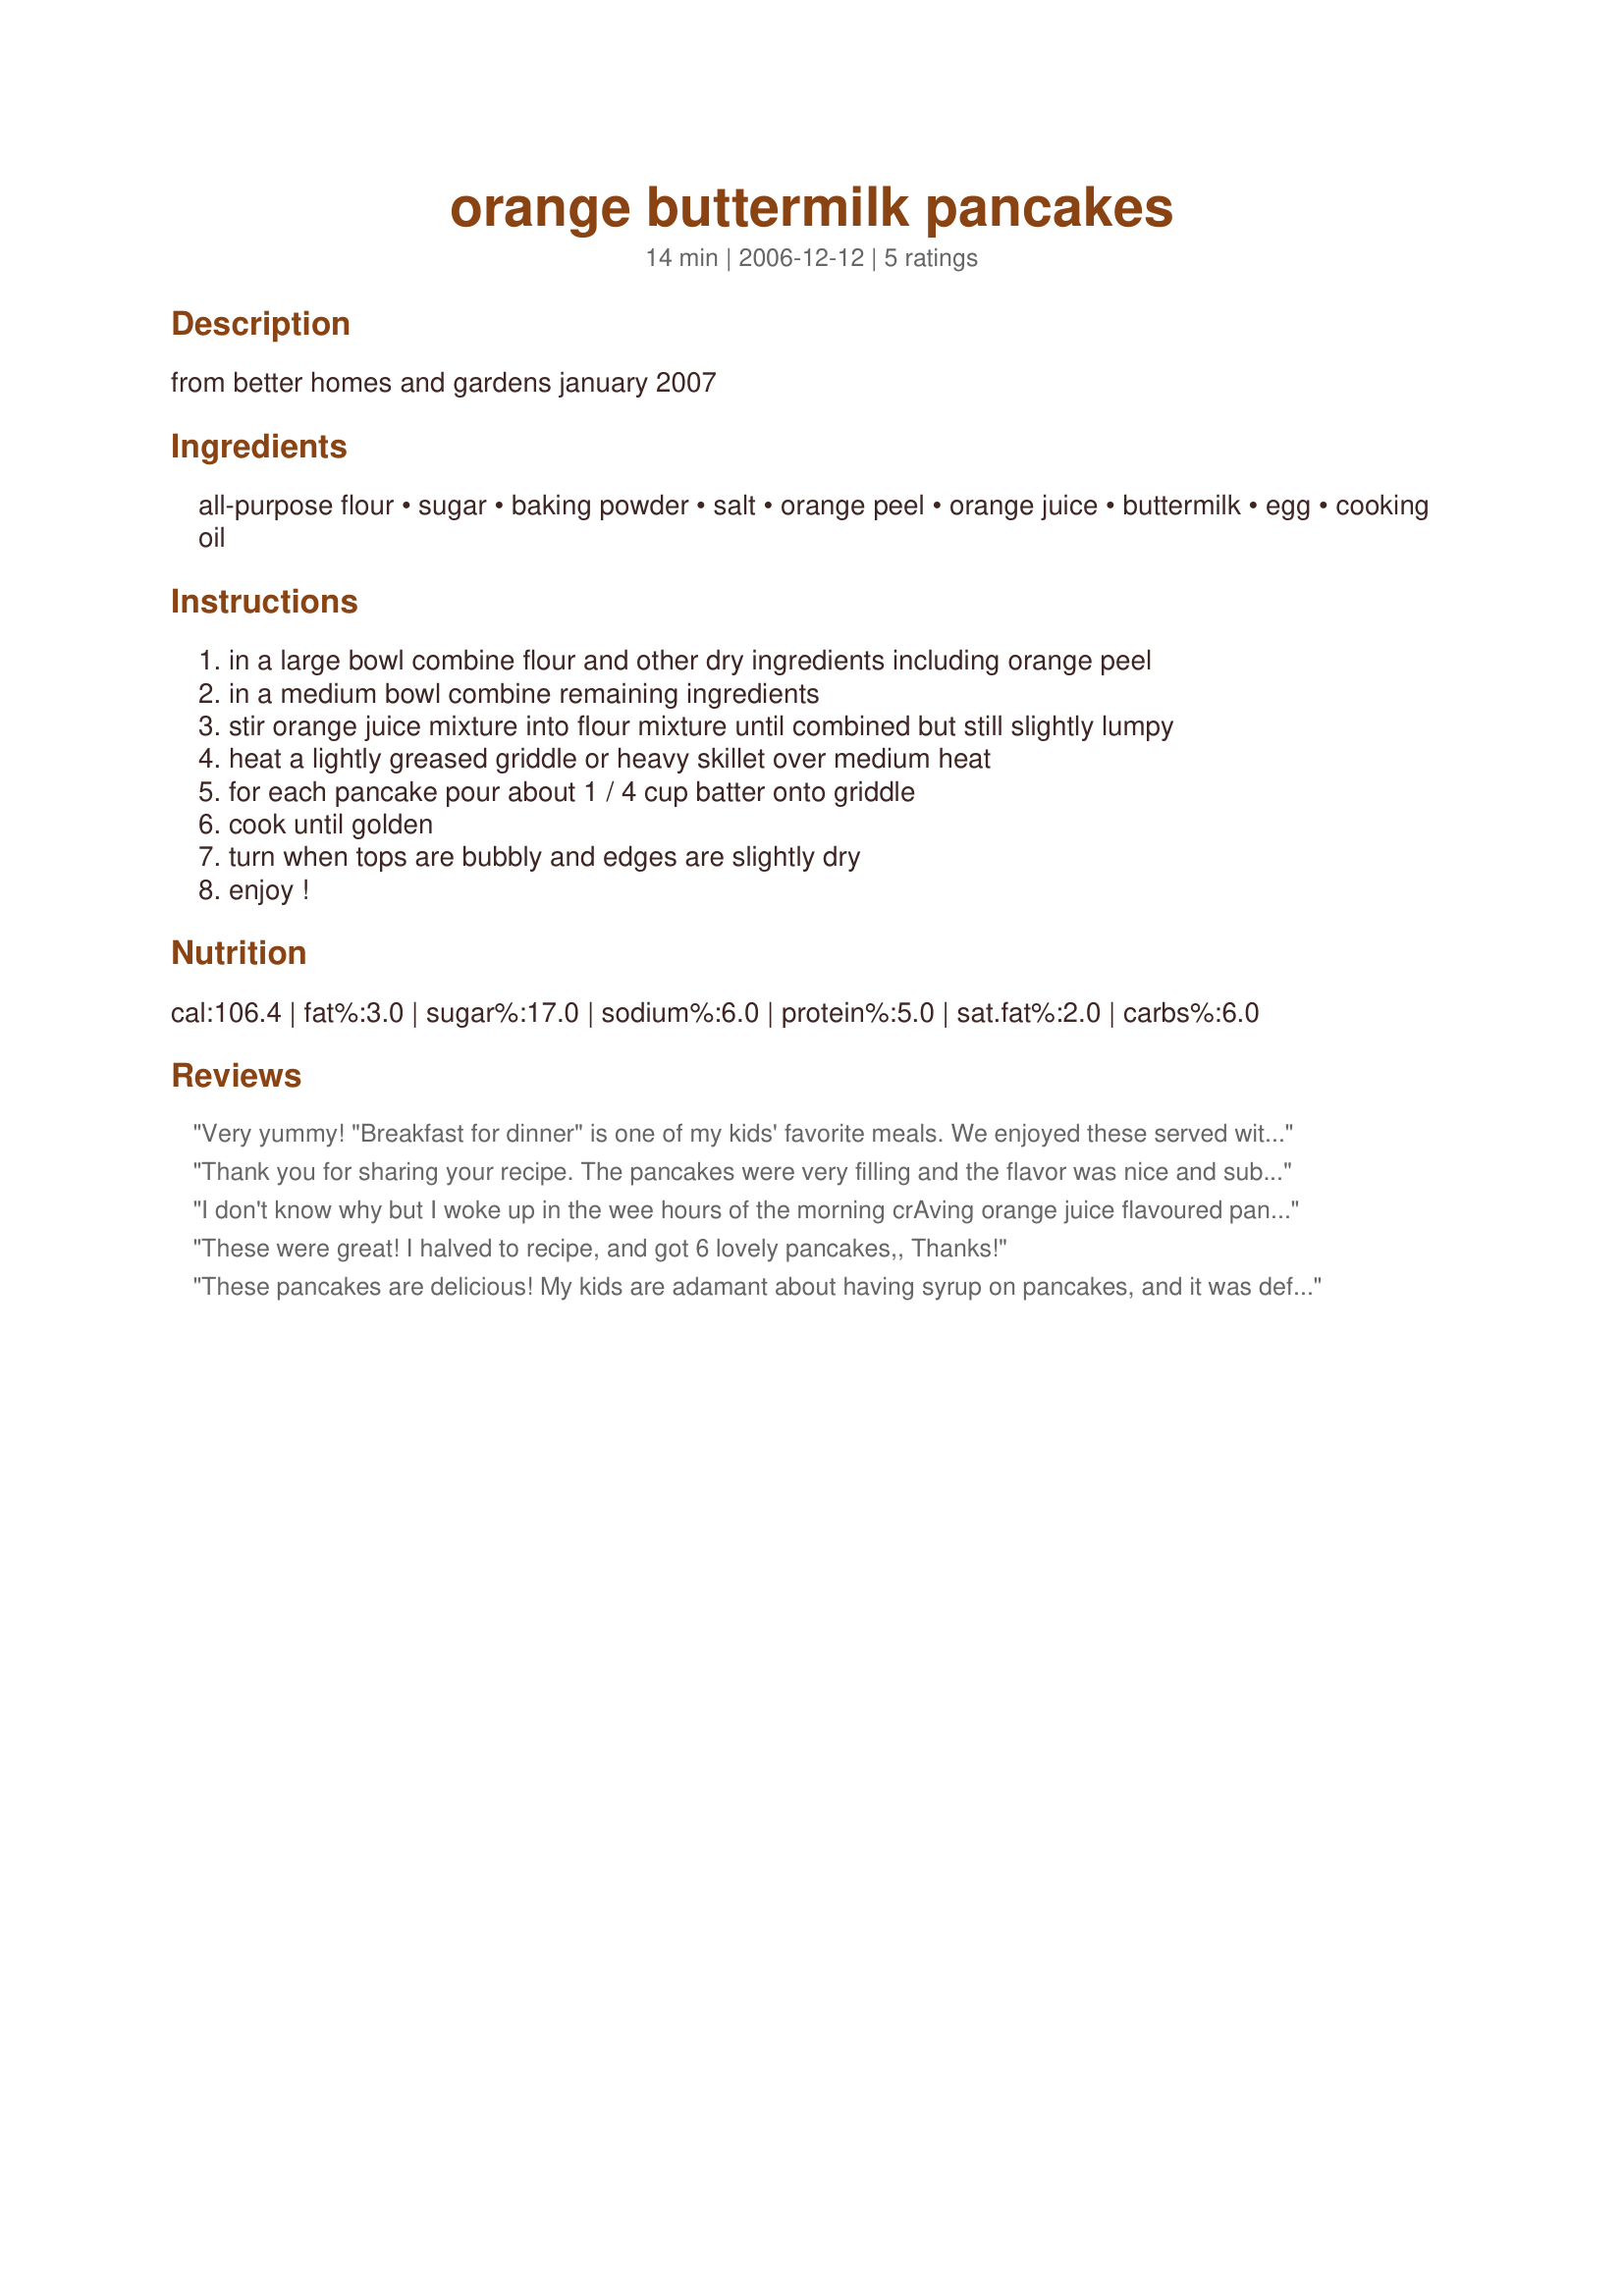
orange buttermilk pancakes
Preparation time: 14 minutes

from better homes and gardens january 2007

Ingredients:
all-purpose flour, sugar, baking powder, salt, orange peel, orange juice, buttermilk, egg, cooking oil

Steps:
in a large bowl combine flour and other dry ingredients including orange peel
in a medium bowl combine remaining ingredients
stir orange juice mixture into flour mixture until combined but still slightly lumpy
heat a lightly greased griddle or heavy skillet over medium heat
for each pancake pour about 1 / 4 cup batter onto griddle
cook until golden
turn when tops are bubbly and edges are slightly dry
enjoy !

Reviews:
Very yummy! "Breakfast for dinner" is one of my kids' favorite meals. We enjoyed these served with recipe #109540, along with bacon, eggs, and fruit. Thanks for sharing the recipe!
Thank you for sharing your recipe. The pancakes were very filling and the flavor was nice and subtle. I love buttermilk in pancakes. I garnished with maple syrup and a few fresh blueberries. Made for the Summer Comfort Cafe.
I don't know why but I woke up in the wee hours of the morning crAving orange juice flavoured pancakes!! Well, could be because I'm pregnant! 
I didn't use buttermilk because I didn't have any so used reg milk, and of course I added a tsp of cinnamon, and used melted butter instead of oil...but I must say that freshly squeezed orange juice plus the rind makes for a deeeelicious pancake!
I will be making these many times over!! Thank you so much for posting this recipe :)
These were great! I halved to recipe, and got 6 lovely pancakes,, Thanks!
These pancakes are delicious! My kids are adamant about having syrup on pancakes, and it was definitely great that way. Personally, I would have been fine with just a little butter and a dusting of powdered sugar on top. Either way, this recipe is a keeper! Thanks for posting, Colorado Lauralee!
